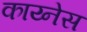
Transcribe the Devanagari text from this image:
काय्नेस